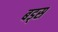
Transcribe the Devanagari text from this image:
बड्स